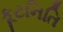
કૂટનિતિ